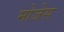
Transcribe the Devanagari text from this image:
मोजेस